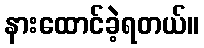
နားထောင်ခဲ့ရတယ်။